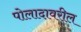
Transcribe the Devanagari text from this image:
पोलादावरील